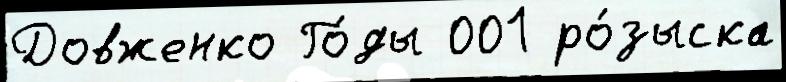
Довженко Го́ды 001 ро́зыска